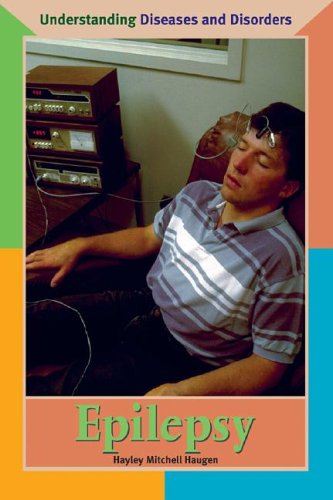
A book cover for Epilepsy (Understanding Diseases and Disorders); Hayley Mitchell Haugen; Health, Fitness & Dieting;